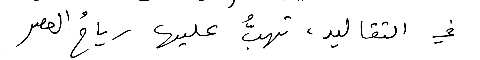
في التقاليد، تهبُّ عليها رياحُ العصر